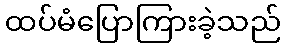
ထပ်မံပြောကြားခဲ့သည်